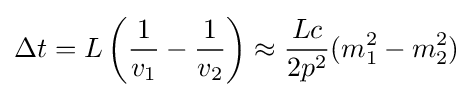
\Delta t=L\left({\frac {1}{v_{1}}}-{\frac {1}{v_{2}}}\right)\approx {\frac {Lc}{2p^{2}}}(m_{1}^{2}-m_{2}^{2})